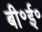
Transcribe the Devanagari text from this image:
बी॰ई॰